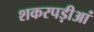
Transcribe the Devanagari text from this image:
शकरपड़ीआं